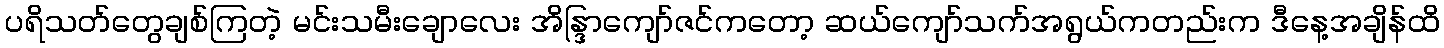
ပရိသတ်တွေချစ်ကြတဲ့ မင်းသမီးချောလေး အိန္ဒြာကျော်ဇင်ကတော့ ဆယ်ကျော်သက်အရွယ်ကတည်းက ဒီနေ့အချိန်ထိ